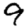
Digit: 9